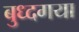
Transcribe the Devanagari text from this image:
बुध्दगया